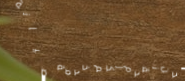
نحن نقدم لكم خدمة صيانة ج